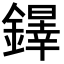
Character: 𨬵